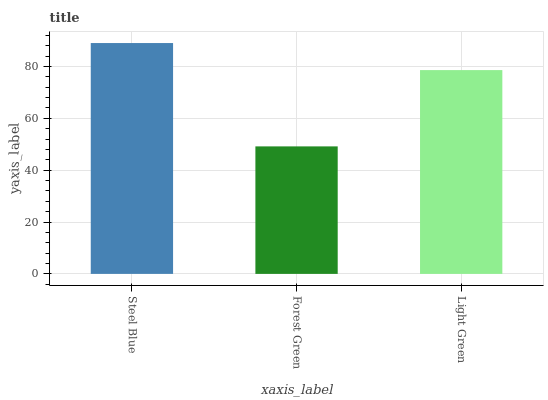
| xaxis_label | bars |
 | --- | --- |
 | Steel Blue | 89 |
 | Forest Green | 49.2 |
 | Light Green | 78.6 |